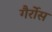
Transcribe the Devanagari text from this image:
गैर्रोस